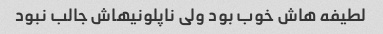
لطیفه هاش خوب بود ولی ناپلونیهاش جالب نبود